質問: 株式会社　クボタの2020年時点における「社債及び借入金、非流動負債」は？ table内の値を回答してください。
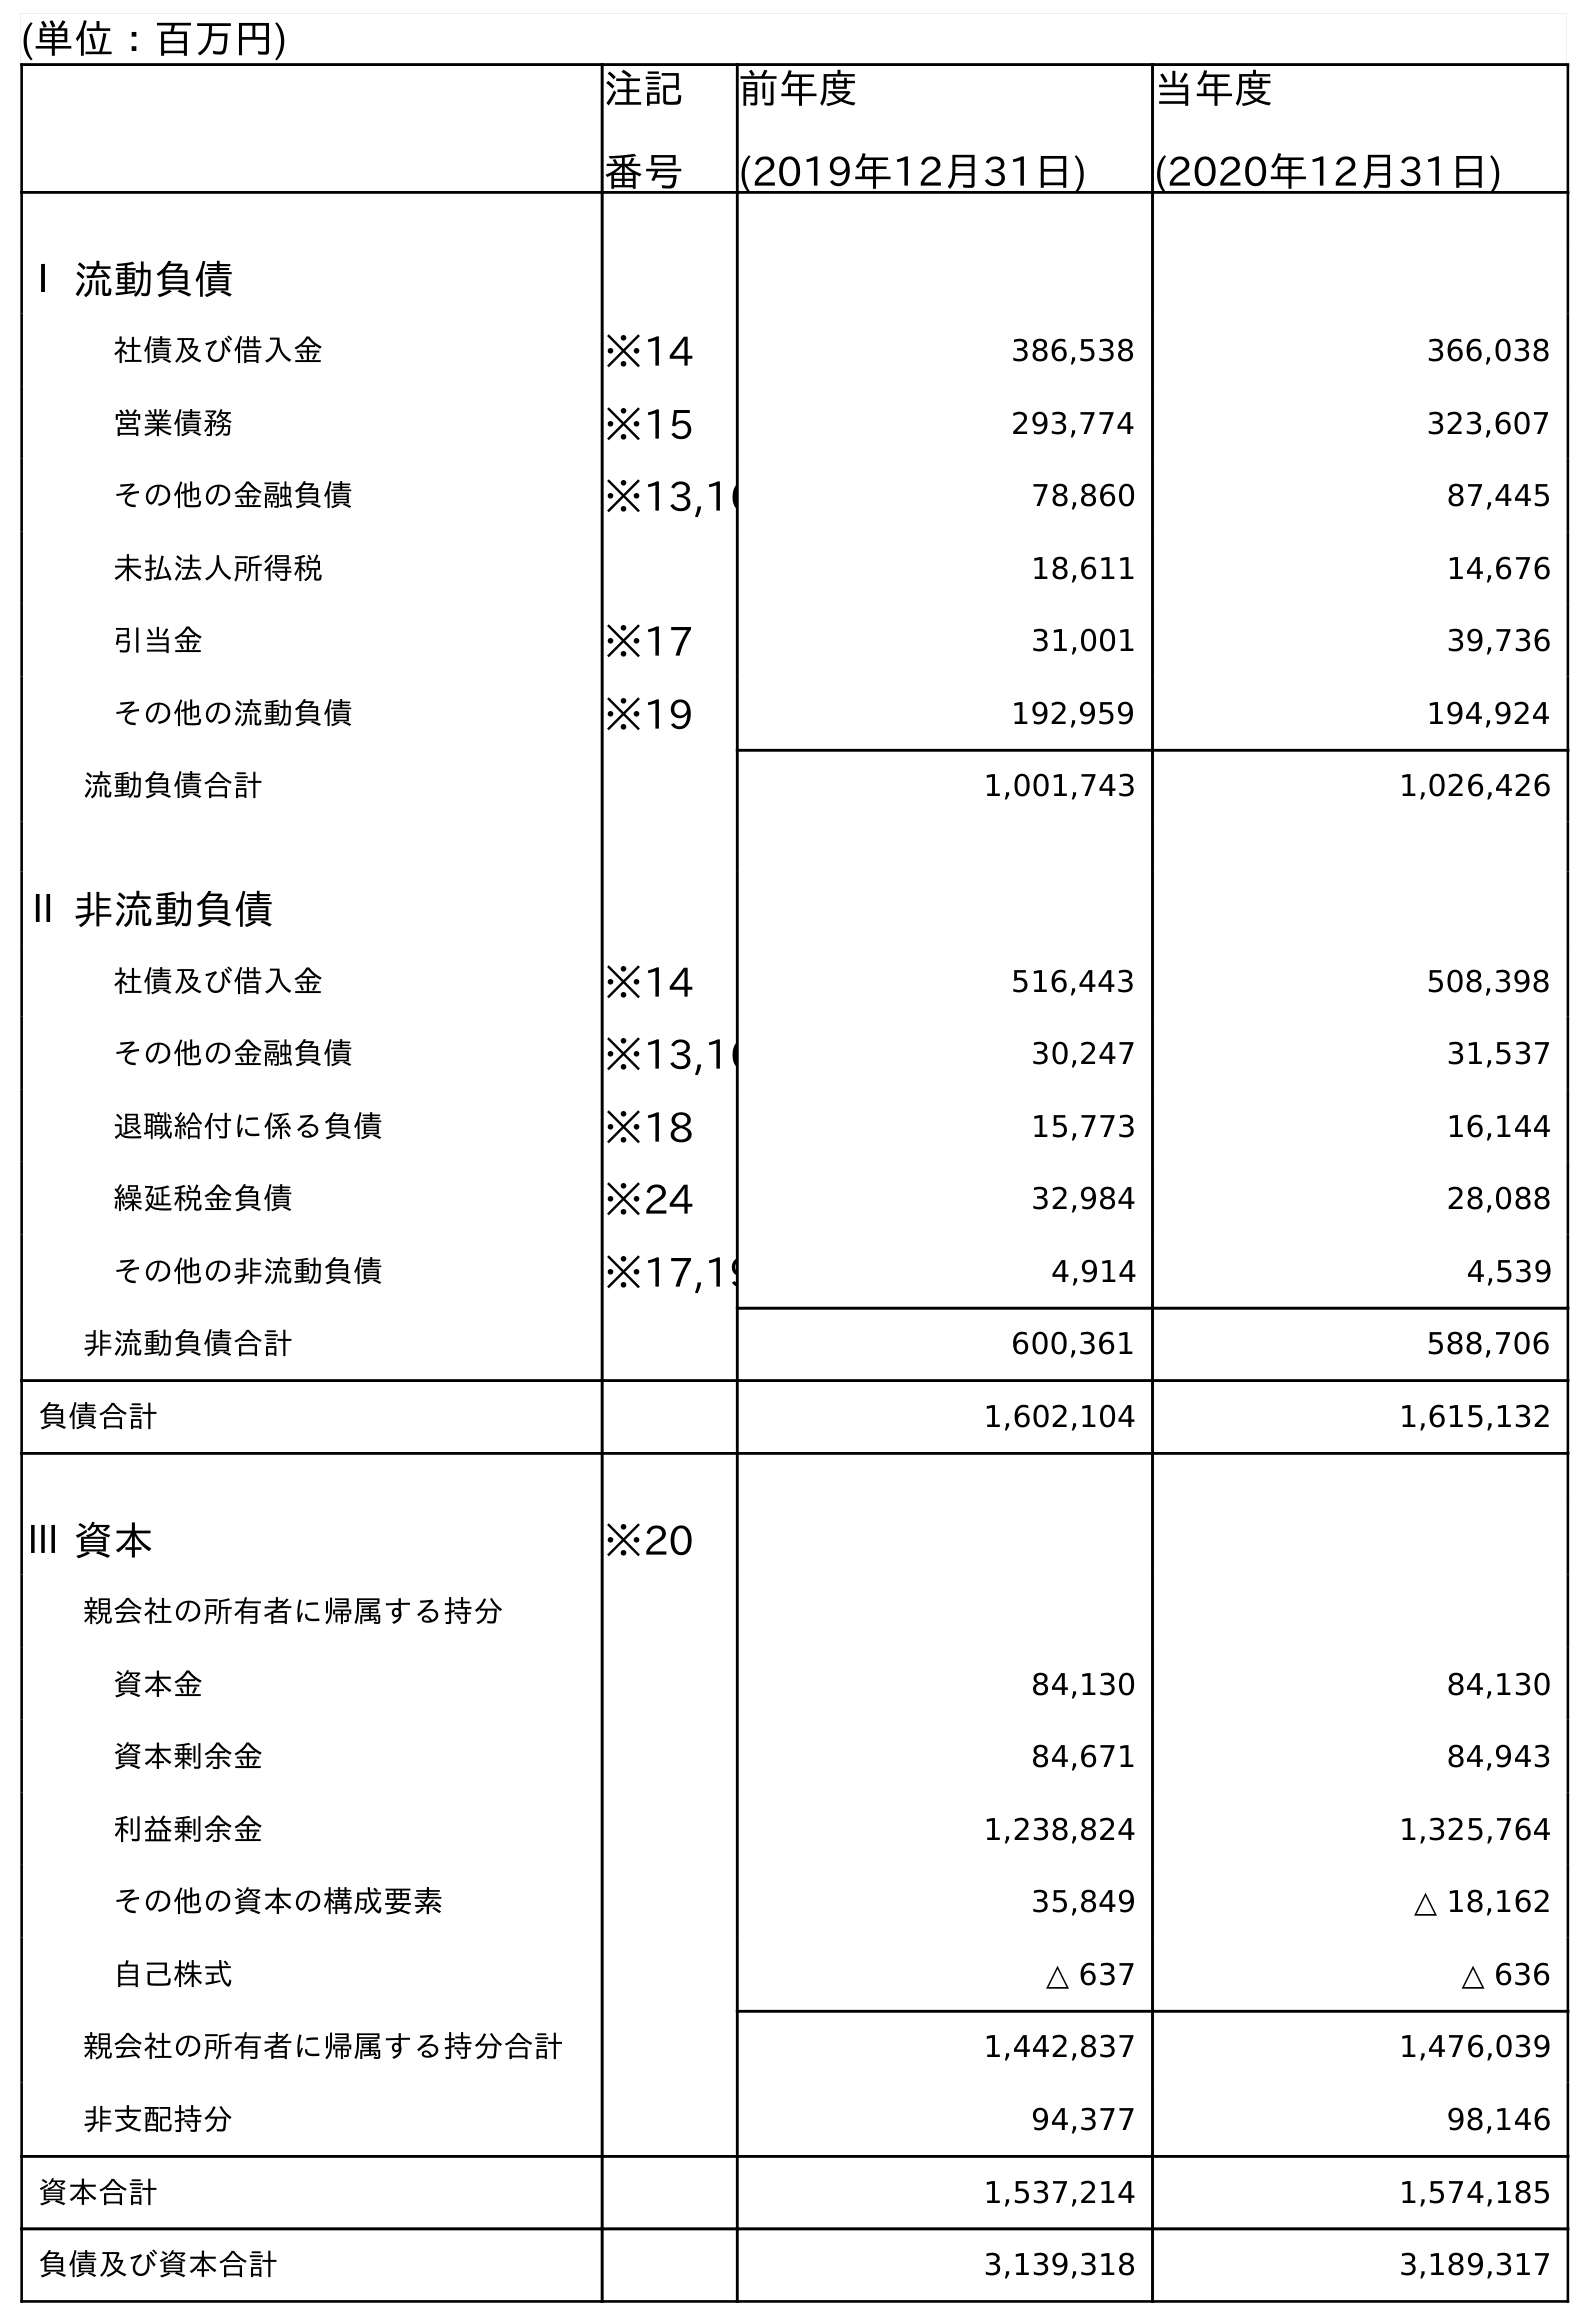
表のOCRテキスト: (単位：百万円) 注記 番号 前年度 (2019年12月31日) 当年度 (2020年12月31日) Ⅰ 流動負債 社債及び借入金 ※14 386,538 366,038 営業債務 ※15 293,774 323,607 その他の金融負債 ※13,16 78,860 87,445 未払法人所得税 18,611 14,676 引当金 ※17 31,001 39,736 その他の流動負債 ※19 192,959 194,924 流動負債合計 1,001,743 1,026,426 Ⅱ 非流動負債 社債及び借入金 ※14 516,443 508,398 その他の金融負債 ※13,16 30,247 31,537 退職給付に係る負債 ※18 15,773 16,144 繰延税金負債 ※24 32,984 28,088 その他の非流動負債 ※17,19 4,914 4,539 非流動負債合計 600,361 588,706 負債合計 1,602,104 1,615,132 Ⅲ 資本 ※20 親会社の所有者に帰属する持分 資本金 84,130 84,130 資本剰余金 84,671 84,943 利益剰余金 1,238,824 1,325,764 その他の資本の構成要素 35,849 △ 18,162 自己株式 △ 637 △ 636 親会社の所有者に帰属する持分合計 1,442,837 1,476,039 非支配持分 94,377 98,146 資本合計 1,537,214 1,574,185 負債及び資本合計 3,139,318 3,189,317
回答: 508,398